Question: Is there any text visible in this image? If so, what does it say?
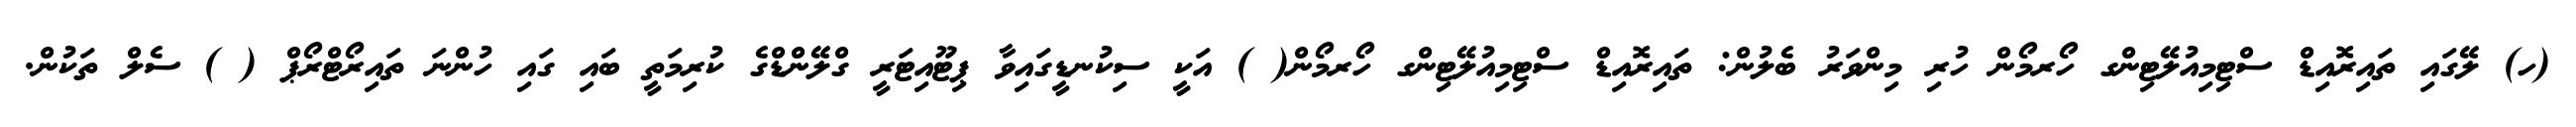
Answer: (ހ) ލޭގައި ތައިރޮއިޑް ސްޓިމިއުލޭޓިންގ ހޯރމޯން ހުރި މިންވަރު ބެލުން: ތައިރޮއިޑް ސްޓިމިއުލޭޓިންގ ހޯރމޯން( ) އަކީ ސިކުނޑީގައިވާ ޕިޓޫއިޓަރީ ގްލޭންޑްގެ ކުރިމަތީ ބައި ގައި ހުންނަ ތައިރޯޓްރޯޕް ( ) ސެލް ތަކުން.